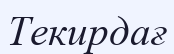
Текирдағ